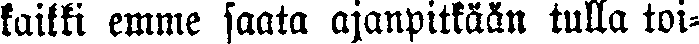
kaikki emme saata ajanpitkään tulla toi-